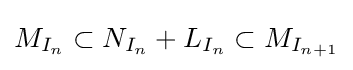
M_{I_{n}}\subset N_{I_{n}}+L_{I_{n}}\subset M_{I_{n+1}}